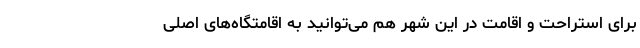
برای استراحت و اقامت در این شهر هم می‌توانید به اقامتگاه‌های اصلی